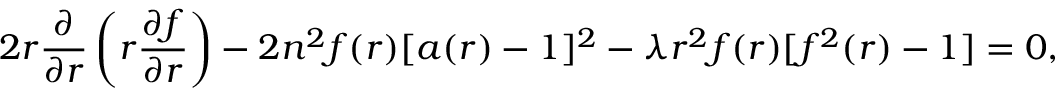
2 r \frac { \partial } { \partial r } \left( r \frac { \partial f } { \partial r } \right) - 2 n ^ { 2 } f ( r ) [ a ( r ) - 1 ] ^ { 2 } - \lambda r ^ { 2 } f ( r ) [ f ^ { 2 } ( r ) - 1 ] = 0 ,